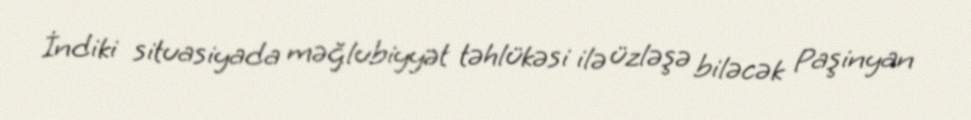
İndiki situasiyada məğlubiyyət təhlükəsi ilə üzləşə biləcək Paşinyan